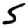
Digit: 5